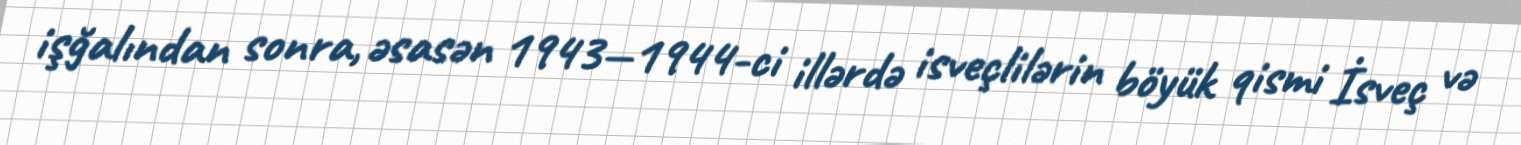
işğalından sonra, əsasən 1943—1944-ci illərdə isveçlilərin böyük qismi İsveç və